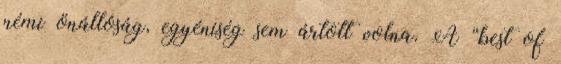
némi önállóság, egyéniség sem ártott volna. A “best of